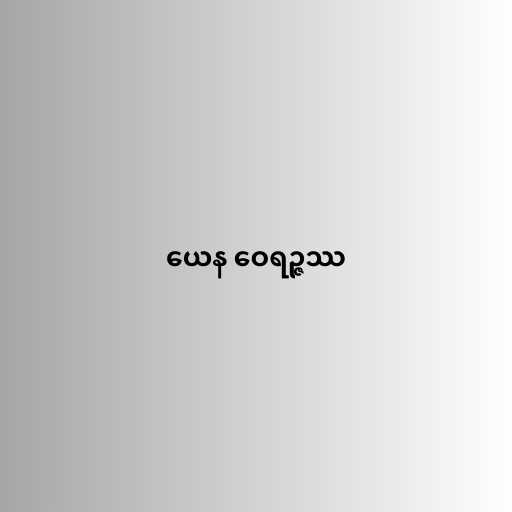
ယေန ဝေရဉ္ဇဿ